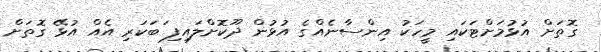
ގޮތަށް އުޅުމަށްޓަކައި މީހަކު އިންސާނެއްގެ އުޅުން ދޫކޮށްލައިފި ަބަކަރި އެއް އުޅޭ ގޮތަށް